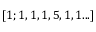
[ 1 ; 1 , 1 , 1 , 5 , 1 , 1 . . . ]